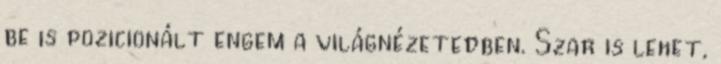
be is pozicionált engem a világnézetedben. Szar is lehet,